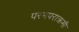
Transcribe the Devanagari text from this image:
परमपराक्रमी